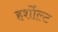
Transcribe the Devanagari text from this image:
हर्शोल्ट